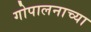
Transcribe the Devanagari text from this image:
गोपालनाच्या